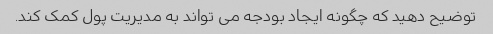
توضیح دهید که چگونه ایجاد بودجه می تواند به مدیریت پول کمک کند.